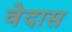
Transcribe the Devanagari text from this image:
वेदास